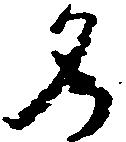
名